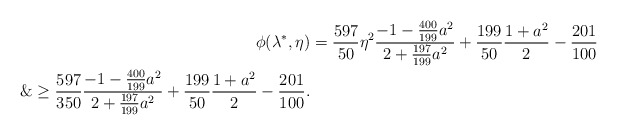
\begin{align*}\phi(\lambda^*, \eta) &= \frac{597}{50}\eta^2 \frac{-1-\frac{400}{199}a^2}{2+\frac{197}{199}a^2}+\frac{199}{50}\frac{1+a^2}{2}-\frac{201}{100}\\\&\ge \frac{597}{350} \frac{-1-\frac{400}{199}a^2}{2+\frac{197}{199}a^2}+\frac{199}{50}\frac{1+a^2}{2}-\frac{201}{100}.\end{align*}